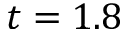
t = 1 . 8